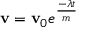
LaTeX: \mathbf { v } = \mathbf { v } _ { 0 } e ^ { \frac { - \lambda t } { m } }